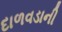
દાળવડાની